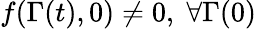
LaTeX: f(\Gamma(t),0)\neq 0,\; \forall\Gamma(0)